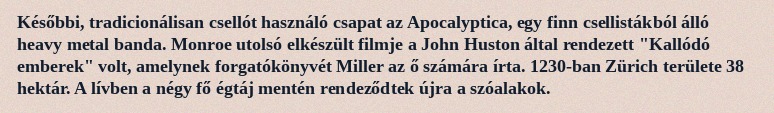
Későbbi, tradicionálisan csellót használó csapat az Apocalyptica, egy finn csellistákból álló heavy metal banda. Monroe utolsó elkészült filmje a John Huston által rendezett "Kallódó emberek" volt, amelynek forgatókönyvét Miller az ő számára írta. 1230-ban Zürich területe 38 hektár. A lívben a négy fő égtáj mentén rendeződtek újra a szóalakok.